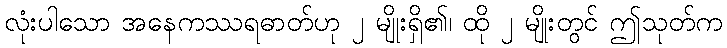
လုံးပါသော အနေကဿရဓာတ်ဟု ၂ မျိုးရှိ၏၊ ထို ၂ မျိုးတွင် ဤသုတ်က